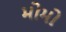
મોમો